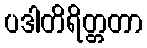
ပဒါတိရိတ္တတာ